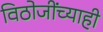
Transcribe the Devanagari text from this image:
विठोजींच्याही